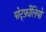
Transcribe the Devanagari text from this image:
पोर्ट्फ़ोलियो